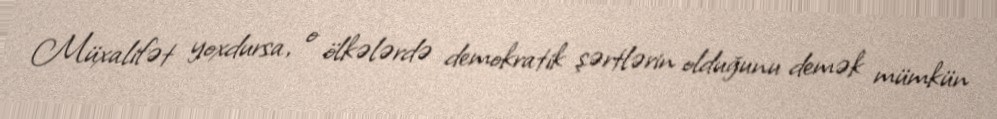
Müxalifət yoxdursa, o ölkələrdə demokratik şərtlərin olduğunu demək mümkün